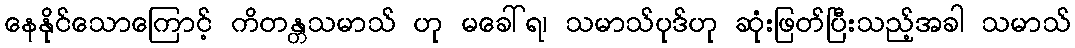
နေနိုင်သောကြောင့် ကိတန္တသမာသ် ဟု မခေါ်ရ၊ သမာသ်ပုဒ်ဟု ဆုံးဖြတ်ပြီးသည့်အခါ သမာသ်